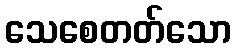
သေစေတတ်သော